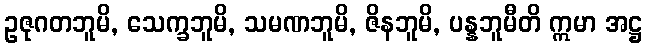
ဥဇုဂတဘူမိ, သေက္ခဘူမိ, သမဏဘူမိ, ဇိနဘူမိ, ပန္နဘူမီတိ ဣမာ အဋ္ဌ